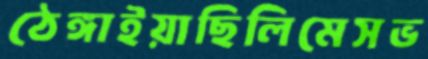
ঠেঙ্গাইয়াছিলিমেসভ